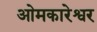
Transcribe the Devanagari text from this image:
ओमकारेश्वर